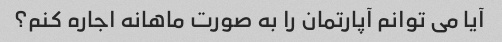
آیا می توانم آپارتمان را به صورت ماهانه اجاره کنم؟